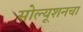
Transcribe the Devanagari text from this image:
सोल्यूशनचा